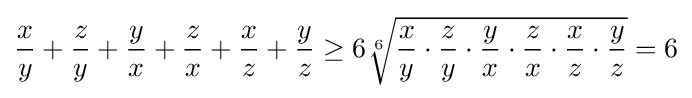
{\frac {x}{y}}+{\frac {z}{y}}+{\frac {y}{x}}+{\frac {z}{x}}+{\frac {x}{z}}+{\frac {y}{z}}\geq 6{\sqrt[{6}]{{\frac {x}{y}}\cdot {\frac {z}{y}}\cdot {\frac {y}{x}}\cdot {\frac {z}{x}}\cdot {\frac {x}{z}}\cdot {\frac {y}{z}}}}=6